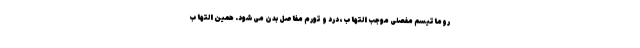
روماتیسم مفصلی موجب التهاب، درد و تورم مفاصل بدن می­‌شود. همین التهاب